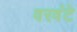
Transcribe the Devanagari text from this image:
वरवंटे